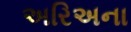
અરિઅના